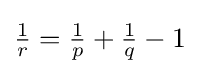
{\textstyle {\frac {1}{r}}={\frac {1}{p}}+{\frac {1}{q}}-1}